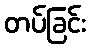
တပ်ခြင်း